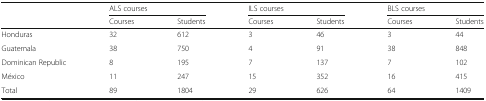
| <ROWSPAN=2>  | <COLSPAN=2> ALS courses | <COLSPAN=2> ILS courses | <COLSPAN=2> BLS courses |
 | Courses | Students | Courses | Students | Courses | Students |
 | --- | --- | --- | --- | --- | --- | --- |
 | Honduras | 32 | 612 | 3 | 46 | 3 | 44 |
 | Guatemala | 38 | 750 | 4 | 91 | 38 | 848 |
 | Dominican Republic | 8 | 195 | 7 | 137 | 7 | 102 |
 | México | 11 | 247 | 15 | 352 | 16 | 415 |
 | Total | 89 | 1804 | 29 | 626 | 64 | 1409 |